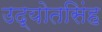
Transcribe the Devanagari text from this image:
उद्योतसिंह